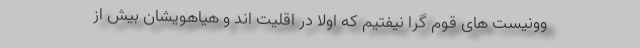
وونیست های قوم گرا نیفتیم که اولاً در اقلیت اند و هیاهویشان بیش از